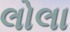
લોલા